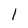
Character: 1